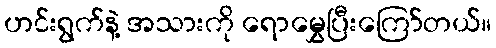
ဟင်းရွက်နဲ့ အသားကို ရောမွှေပြီးကြော်တယ်။